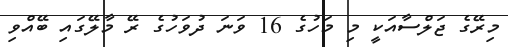
މިރޭގެ ޖަލްސާއަކީ މި މަހުގެ 16 ވަނަ ދުވަހުގެ ރޭ މާލޭގައި ބޭއްވި